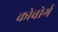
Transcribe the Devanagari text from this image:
कोबोर्ग